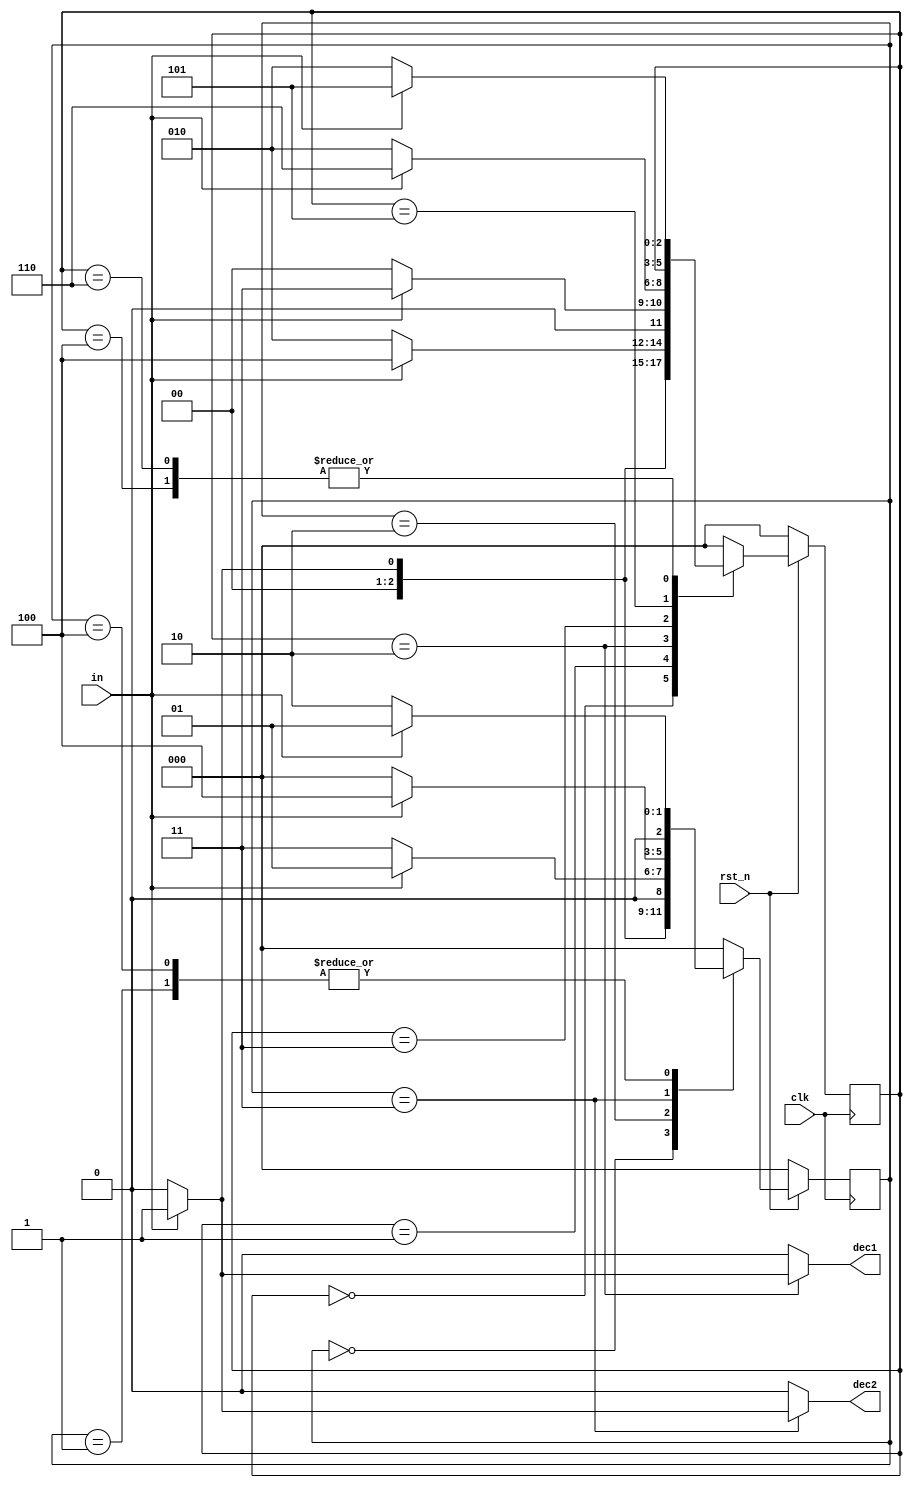
`timescale 1ns/1ps

module Sliding_Window_Detector (clk, rst_n, in, dec1, dec2);
input clk, rst_n;
input in;
output dec1, dec2;
reg dec1, dec2;

//parameter for dec1
parameter S0 = 3'b000,
         S1 = 3'b001,
         S2 = 3'b010,
         S3 = 3'b011,
         S4 = 3'b100,
         S5 = 3'b101,
         S6 = 3'b110;

//parameter for dec2
parameter s0 = 3'b000,
         s1 = 3'b001,
         s2 = 3'b010,
         s3 = 3'b011,
         s4 = 3'b100; 
//for dec1      
reg [2:0] State, next_State;
//for dec2
reg [2:0] state, next_state;

always @(posedge clk) begin
    if(!rst_n) begin
        State <= S0;
        state <= s0;
    end else begin
        State <= next_State;
        state <= next_state;
    end
end

//for dec1 
always @(*) begin
    case(State)
    S0:
        if(in) begin
            next_State = S1;
            dec1 = 1'b0;
        end else begin
            next_State = S0;
            dec1 = 1'b0;
        end
    S1:
        if(!in) begin
            next_State = S2;
            dec1 = 1'b0;
        end else begin
            next_State = S4;
            dec1 = 1'b0;
        end
    S2:
        if(in) begin
            next_State = S3;
            dec1 = 1'b1;
        end else begin
            next_State = S0;
            dec1 = 1'b0;
        end
    S3:
        if(in) begin
            next_State = S6;
            dec1 = 1'b0;
        end else begin  
            next_State = S2;
            dec1 = 1'b0;
        end
    S4:
        if(in) begin
            next_State = S5;
            dec1 = 1'b0;
        end else begin
            next_State = S2;
            dec1 = 1'b0;
        end
    S5:
       begin
            next_State = State;
            dec1 = 1'b0;
        end
    S6:
        if(in) begin
            next_State = S5;
            dec1 = 1'b0;
        end else begin
            next_State = S2;
            dec1 = 1'b0;
        end
    default:
        begin
            next_State = S0;
            dec1 = 1'b0;
        end
    endcase   
end

//for dec2
always @(*) begin
    case(state)
    s0:
        if(in) begin
            next_state = s1;
            dec2 = 1'b0;
        end else begin
            next_state = s0;
            dec2 = 1'b0;
        end
    s1:
        if(!in) begin
            next_state = s2;
            dec2 = 1'b0;
        end else begin
            next_state = s1;
            dec2 = 1'b0;
        end
    s2:
        if(!in) begin
            next_state = s3;
            dec2 = 1'b0;
        end else begin
            next_state = s1;
            dec2 = 1'b0;
        end
    s3:
        if(in) begin
            next_state = s4;
            dec2 = 1'b1;
        end else begin
            next_state = s0;
            dec2 = 1'b0;
        end
    s4:
        if(in) begin
            next_state = s1;
            dec2 = 1'b0;
        end else begin
            next_state = s2;
            dec2 = 1'b0;
        end
    default:
        begin
            next_state = s0;
            dec2 = 1'b0;
        end
    endcase    
end

endmodule